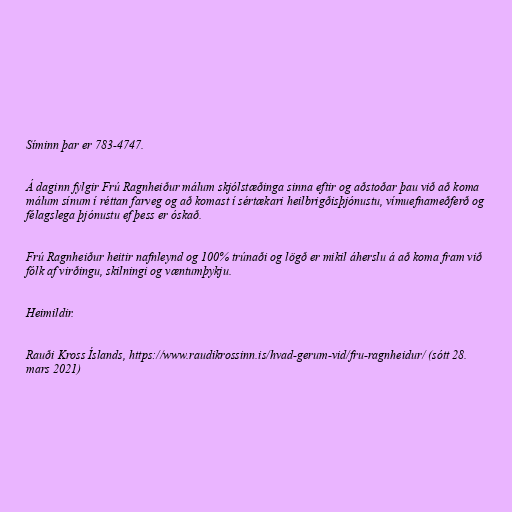
Síminn þar er 783-4747.

Á daginn fylgir Frú Ragnheiður málum skjólstæðinga sinna eftir og aðstoðar þau við að koma
málum sínum í réttan farveg og að komast í sértækari heilbrigðisþjónustu, vímuefnameðferð og
félagslega þjónustu ef þess er óskað.

Frú Ragnheiður heitir nafnleynd og 100% trúnaði og lögð er mikil áherslu á að koma fram við
fólk af virðingu, skilningi og væntumþykju.

Heimildir.

Rauði Kross Íslands, https://www.raudikrossinn.is/hvad-gerum-vid/fru-ragnheidur/ (sótt 28.
mars 2021)